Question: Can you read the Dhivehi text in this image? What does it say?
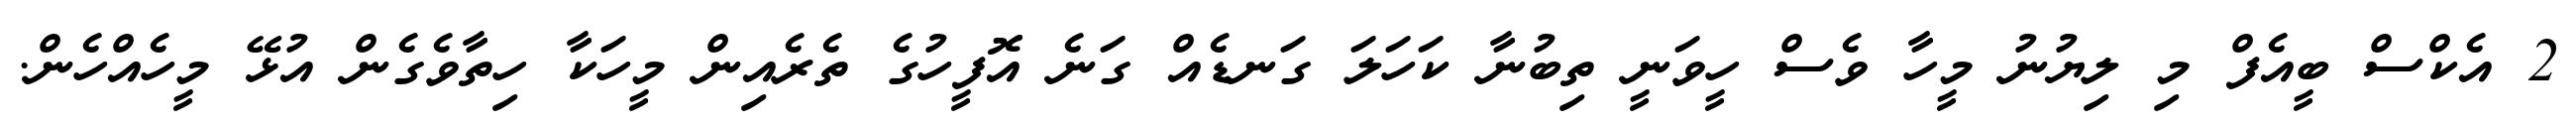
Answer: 2 އެކްސް ބީއެފް މި ލިޔުނު މީހާ ވެސް ހީވަނީ ތިބުނާ ކަހަލަ ގަނޑެއް ގަނެ އޮފީހުގެ ތެރެއިން މީހަކާ ހިތާވެގެން އުޅޭ މީހެއްހެން.